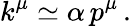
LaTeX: k^{\mu}\simeq\alpha\, p^{\mu}\, .